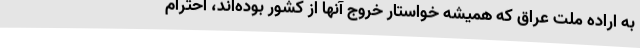
به اراده ملت عراق که همیشه خواستار خروج آنها از کشور بوده‌اند، احترام